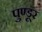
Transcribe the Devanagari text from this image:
पुण्डूर